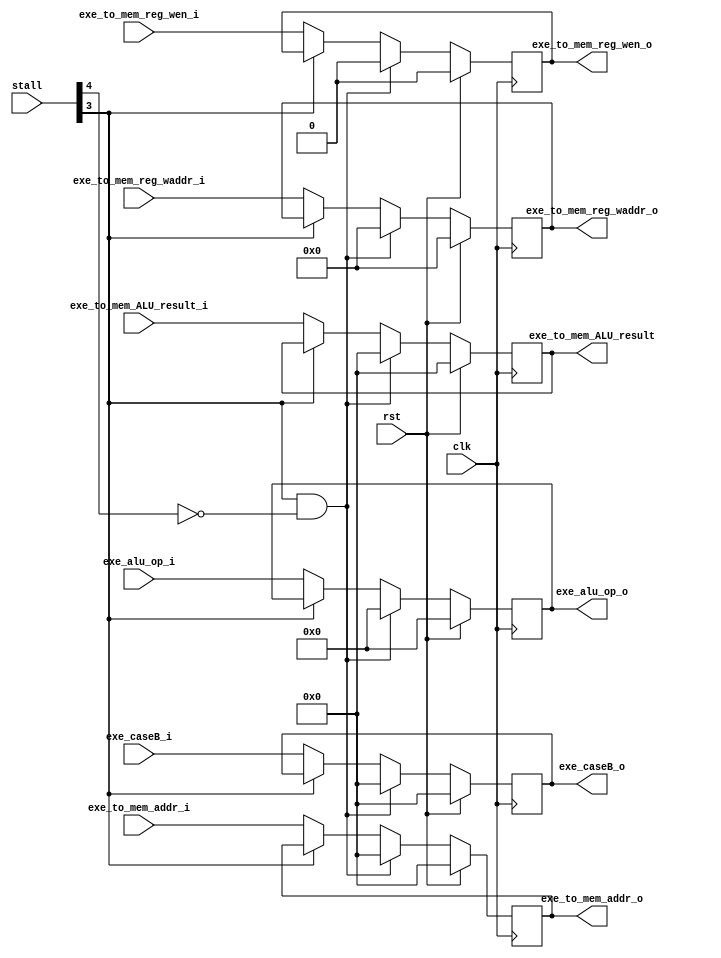
module EXE_MEM (
    input clk,
    input rst,

    input [5:0]stall,
    input [31:0]exe_to_mem_ALU_result_i,
    input [4:0]exe_to_mem_reg_waddr_i,
    input exe_to_mem_reg_wen_i,

    input [7:0] exe_alu_op_i,
    input [31:0] exe_to_mem_addr_i,
    input [31:0] exe_caseB_i,

    output reg [7:0] exe_alu_op_o,
    output reg[31:0] exe_to_mem_addr_o,
    output reg[31:0] exe_caseB_o,

    output reg [31:0]exe_to_mem_ALU_result,
    output reg [4:0]exe_to_mem_reg_waddr_o,
    output reg exe_to_mem_reg_wen_o
);
    always @(posedge clk) begin
        if(rst)begin
            exe_to_mem_ALU_result <= 32'h00000000;
            exe_to_mem_reg_waddr_o <= 5'b00000;
            exe_to_mem_reg_wen_o <= 1'b0;
            exe_alu_op_o <= 8'h00000000;
            exe_to_mem_addr_o <= 32'h00000000;
            exe_caseB_o <= 32'h00000000;
        end else begin
            if(stall[3] == 1'b1 && stall[4] == 1'b0)begin
                exe_to_mem_ALU_result <= 32'h00000000;
                exe_to_mem_reg_waddr_o <= 5'b00000;
                exe_to_mem_reg_wen_o <= 1'b0;
                exe_alu_op_o <= 8'h00000000;
                exe_to_mem_addr_o <= 32'h00000000;
                exe_caseB_o <= 32'h00000000;
            end else begin
                if(stall[3] == 1'b0)begin
                    exe_to_mem_ALU_result <= exe_to_mem_ALU_result_i;
                    exe_to_mem_reg_waddr_o <= exe_to_mem_reg_waddr_i;
                    exe_to_mem_reg_wen_o <= exe_to_mem_reg_wen_i;
                    exe_alu_op_o <= exe_alu_op_i;
                    exe_to_mem_addr_o <= exe_to_mem_addr_i;
                    exe_caseB_o <= exe_caseB_i;
                end
            end
        end
    end
endmodule